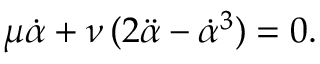
\mu { \dot { \alpha } } + \nu \, ( 2 { \ddot { \alpha } } - { \dot { \alpha } } ^ { 3 } ) = 0 .